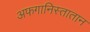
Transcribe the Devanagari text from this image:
अफगानिस्तातान